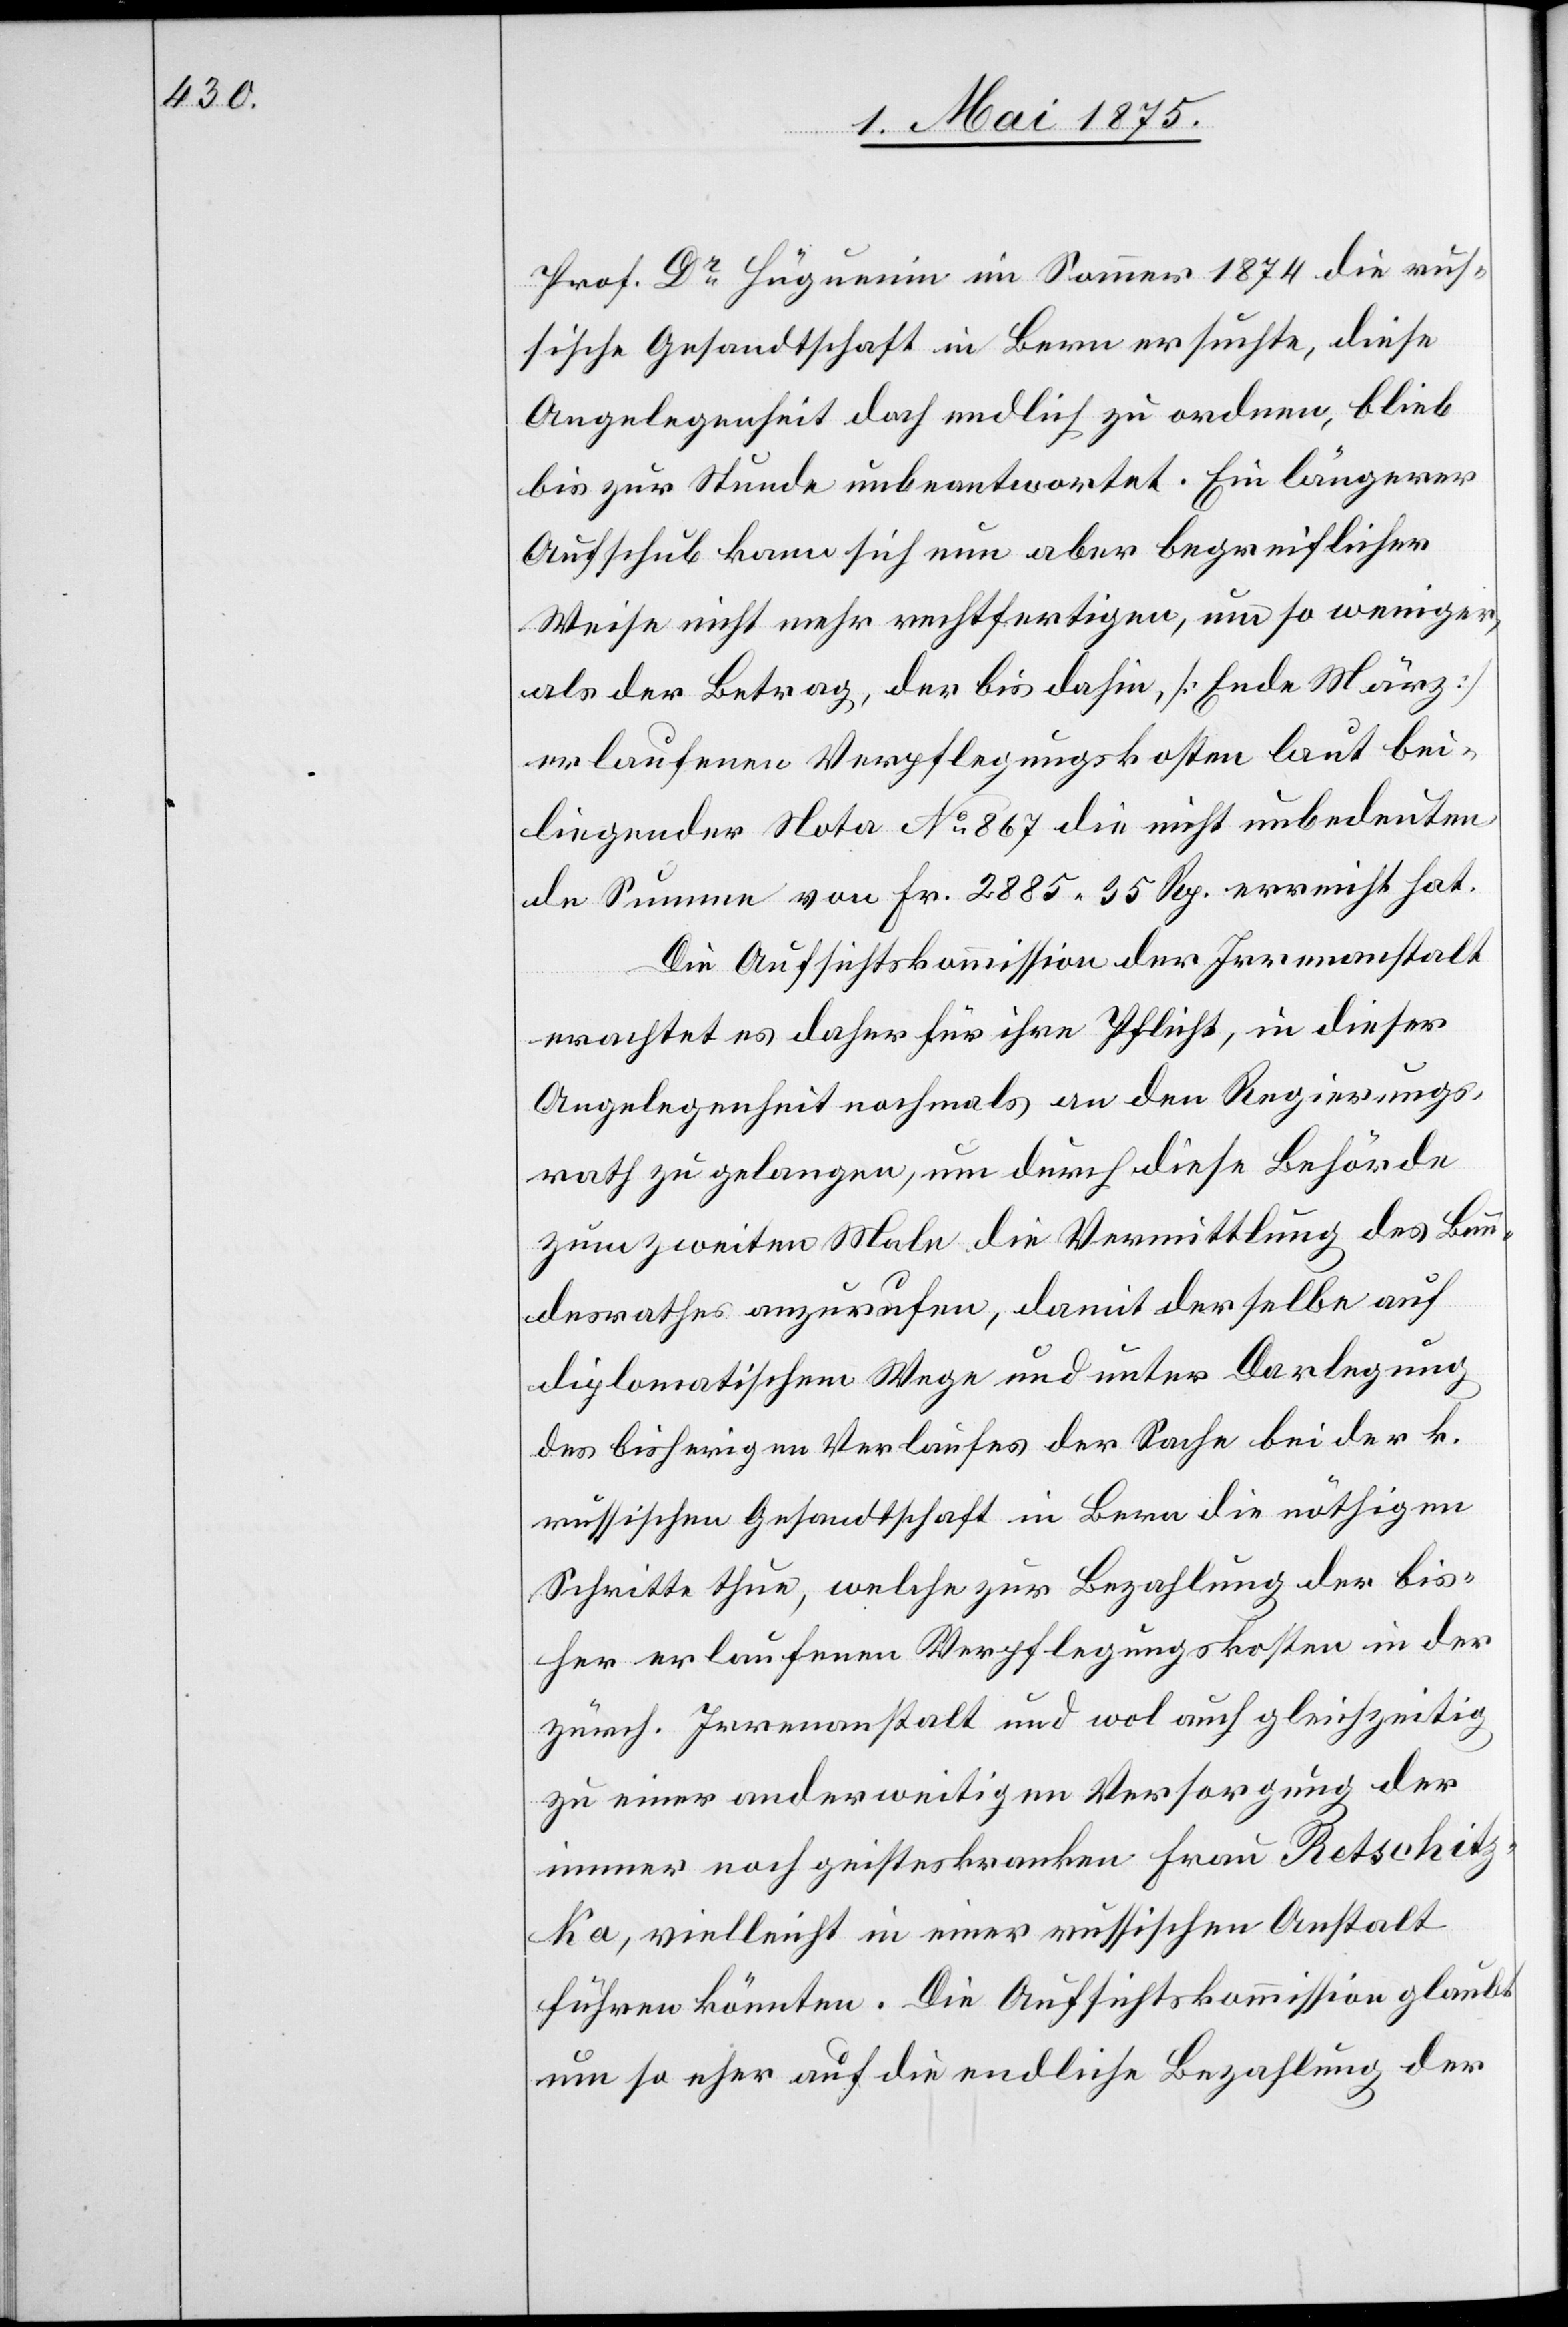
Prof. Dr. Hüguenin im Sommer 1874 die rus¬
sische Gesandtschaft in Bern ersuchte, diese
Angelegenheit doch endlich zu ordnen, blieb
bis zur Stunde unbeantwortet. Ein längerer
Aufschub kann sich nun aber begreiflicher
Weise nicht mehr rechtfertigen, um so weniger,
als der Betrag, der bis dahin [Ende März]
erlaufenen Verpflegungskosten laut bei¬
liegender Nota No. 867 die nicht unbedeuten¬
de Summe von Fr. 2885 35 Rp. erreicht hat.
Die Aufsichtskommission der Irrenanstalt
erachtet es daher für ihre Pflicht, in dieser
Angelegenheit nochmals an den Regierungs¬
rath zu gelangen, um durch diese Behörde
zum zweiten Male die Vermittlung des Bun¬
desrathes anzurufen, damit derselbe auf
diplomatischem Wege und unter Darlegung
des bisherigen Verlaufes der Sache bei der k.
russischen Gesandtschaft in Bern die nöthigen
Schritte thun, welche zur Bezahlung der bis¬
her erlaufenen Verpflegungskosten in der
zürch. Irrenanstalt und wol auch gleichzeitig
zu einer anderweitigen Versorgung der
immer noch geisteskranken Frau Retschitz¬
ka, vielleicht in einer russischen Anstalt
führen könnten. Die Aufsichtskommission glaubt
um so eher auf die endliche Bezahlung der